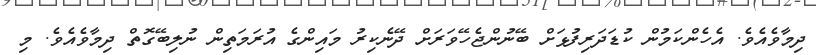
ދިމާވެއެވެ. އެހެންކަމުން ކުޑަދަރިފުޅަށް ބޭނުންޖެހޭވަރަށް ދޭނެކިރު މައިންގެ އުރަމަތިން ނުލިބޭގޮތް ދިމާވެއެވެ. މި